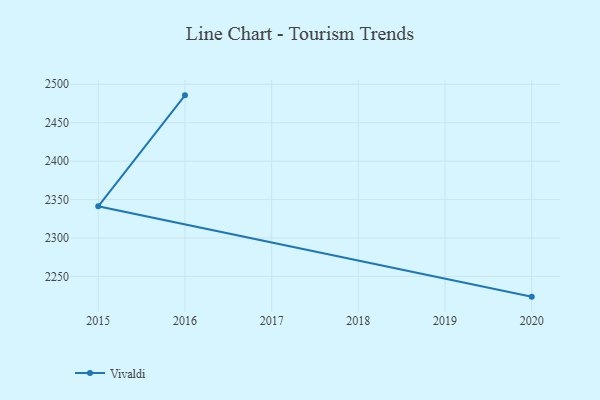
{"axis": {"x": "Year", "y": "Gross Profit (USD K)"}, "legend": ["Vivaldi"], "data": [{"x": "2020", "y": 2223.7, "type": "Vivaldi"}, {"x": "2015", "y": 2341.3, "type": "Vivaldi"}, {"x": "2016", "y": 2485.6, "type": "Vivaldi"}]}